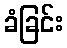
ခံခြင်း